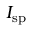
I _ { \mathrm { s p } }